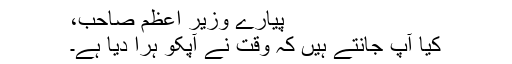
پیارے وزیر اعظم صاحب،
کیا آپ جانتے ہیں کہ وقت نے آپکو ہرا دیا ہے۔